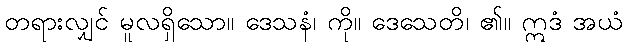
တရားလျှင် မူလရှိသော။ ဒေသနံ၊ ကို။ ဒေသေတိ၊ ၏။ ဣဒံ အယံ